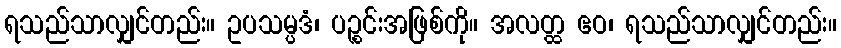
ရသည်သာလျှင်တည်း။ ဥပသမ္ပဒံ၊ ပဉ္စင်းအဖြစ်ကို။ အလတ္ထ ဧဝ၊ ရသည်သာလျှင်တည်း။